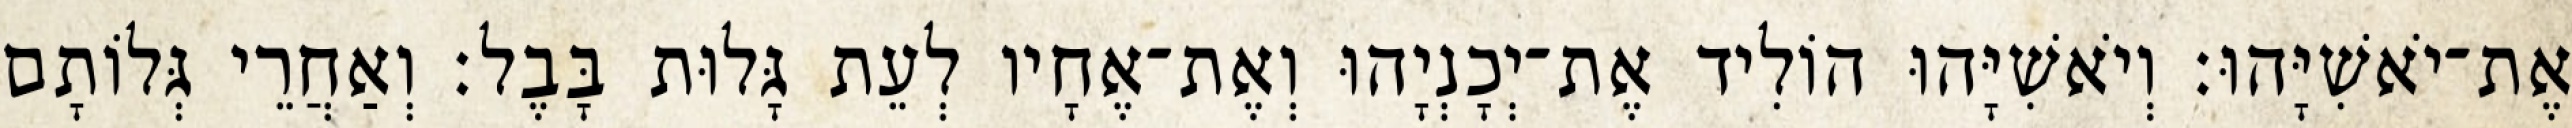
אֶת־יֹאשִׁיָּהוּ׃ וְיֹאשִׁיָּהוּ הוֹלִיד אֶת־יְכָנְיָהוּ וְאֶת־אֶחָיו לְעֵת גָּלוּת בָּבֶל׃ וְאַחֲרֵי גְּלוֹתָם